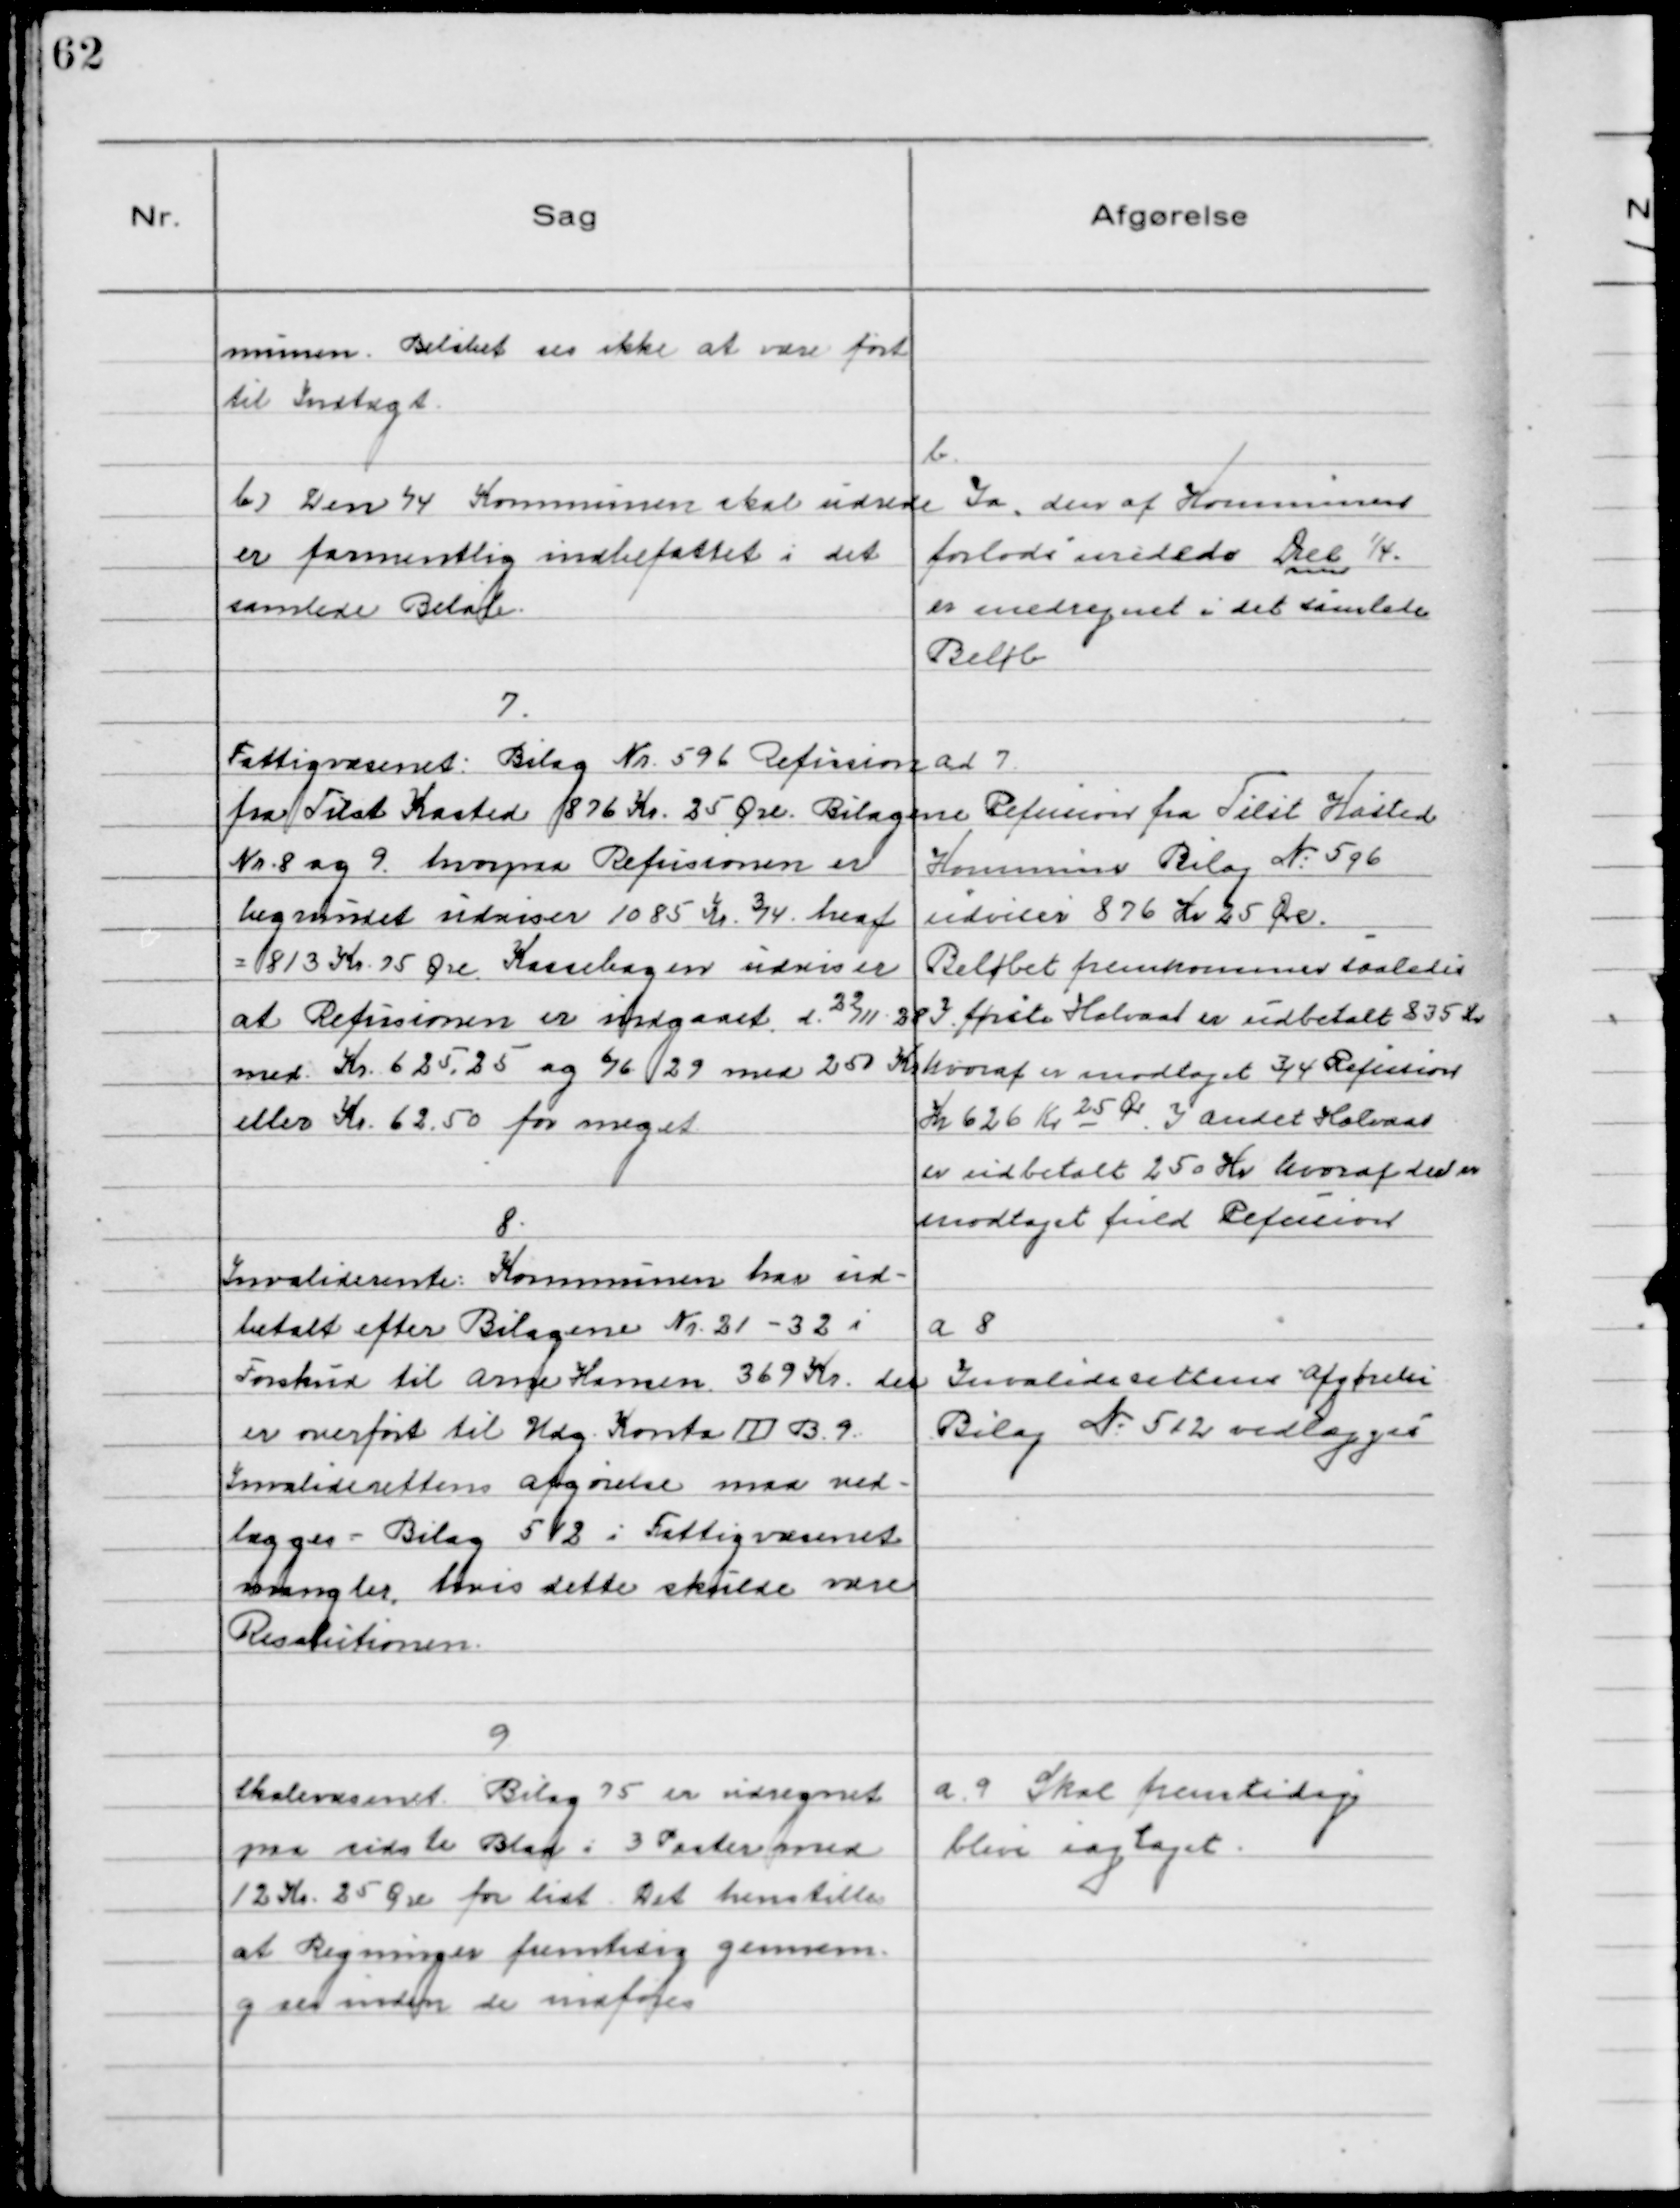
Transskription:
munen. Beløbet ses ikke at være ført
til Indtægt

b)Den 1/4 Kommunen skal udrede
er formentlig indbefattet i det
samlede Beløb.

b.
Ja, den af Kommunen
forlods uredede Del 1/4.
er medregnet i det samlede
Beløb

7.
Fattigvæsenet: Bilag Nr. 596 Refusion
fra Tilst Kasted 876 Kr. 25 Øre. Bilagene
Nr. 8 og 9 hvorpaa Refusionen er
begrundet udviser 1085 Kr. 3/4 heraf
= 813 Kr. 75 Øre. Kassebogen udviser
at Refusionen er indgaaet d. 22/11 28
med Kr. 625,25 og 6/6 29 med 250 Kr
eller Kr. 62,50 for meget

ad 7
Refusion fra Tilst Kasted
Kommune Bilag №596
udviser 876 Kr. 25 Øre.
Beløbet fremkommer saaledes
I første Halvaar er udbetalt 835 Kr
hvoraf er modtaget 3/4 Refusion
Kr 626 Kr 25 Øre. I andet Halvaar
er udbetalt 250 Kr hvoraf der er
modtaget fuld Refusion

8
Invaliderente: Kommunen har ud-
betalt efter Bilagene Nr. 21 - 32 i
Forskud til Arne Hansen 369 Kr. der
er overført til Udg. Konto Ⅲ B. 9.
Invaliderettens afgørelse maa ved-
lægges - Bilag 512 i Fattigvæsenet
mangler, hvis dette skulde være
Resolutionen.

a 8
Invaliderettens Afgørelse
Bilag №512 vedlkægges

9
Skolevæsenet Bilag 75 er udregnet
paa sidste Blad i 3 Poster med
12 Kr. 25 Øre for lidt. Det henstilles
at Regninger fremtidig gennem-
gaas inden de indføjes

a 9 Skal fremtidig
blive iagtaget.